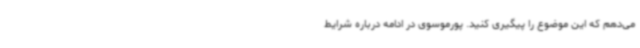
می‌دهم که این موضوع را پیگیری کنید. پورموسوی در ادامه درباره شرایط